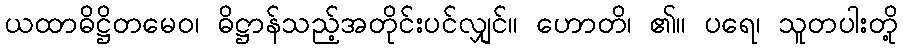
ယထာဓိဋ္ဌိတမေဝ၊ ဓိဋ္ဌာန်သည့်အတိုင်းပင်လျှင်။ ဟောတိ၊ ၏။ ပရေ၊ သူတပါးတို့